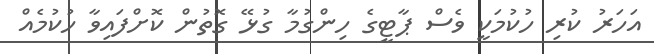
އަހަރު ކުރި ހުކުމަކީ ވެސް ޕާޓީގެ ހިންގުމާ ގުޅޭ ގޮތުން ކޮށްފައިވާ ހުކުމެއް